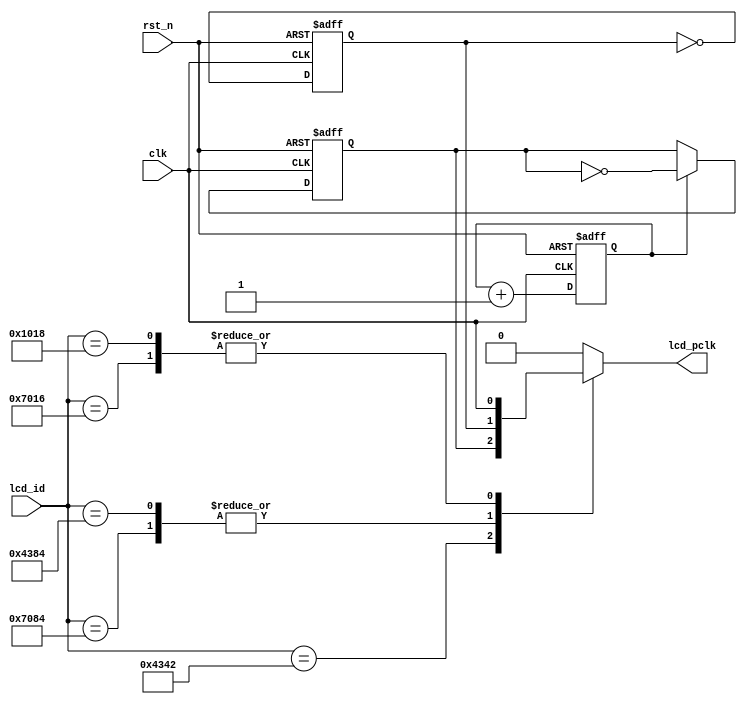
//****************************************Copyright (c)***********************************//
//www.yuanzige.com
//www.openedv.com
//http://openedv.taobao.com
//""ZYNQ & FPGA & STM32 & LINUX
//
//Copyright(C)  2018-2028
//All rights reserved
//----------------------------------------------------------------------------------------
// File name:           clk_div
// Last modified Date:  2020/05/04 9:19:08
// Last Version:        V1.0
// Descriptions:        
//                      
//----------------------------------------------------------------------------------------
// Created by:          
// Created date:        2019/05/04 9:19:08
// Version:             V1.0
// Descriptions:        The original version
//
//----------------------------------------------------------------------------------------
//****************************************************************************************//

module clk_div(
    input               clk,          //50Mhz
    input               rst_n,
    input       [15:0]  lcd_id,
    output  reg         lcd_pclk
    );

reg          clk_25m;
reg          clk_12_5m;
reg          div_4_cnt;

//2 25MHz 
always @(posedge clk or negedge rst_n) begin
    if(!rst_n)
        clk_25m <= 1'b0;
    else 
        clk_25m <= ~clk_25m;
end

//4 12.5MHz 
always @(posedge clk or negedge rst_n) begin
    if(!rst_n) begin
        div_4_cnt <= 1'b0;
        clk_12_5m <= 1'b0;
    end    
    else begin
        div_4_cnt <= div_4_cnt + 1'b1;
        if(div_4_cnt == 1'b1)
            clk_12_5m <= ~clk_12_5m;
    end        
end

always @(*) begin
    case(lcd_id)
        16'h4342 : lcd_pclk = clk_12_5m;
        16'h7084 : lcd_pclk = clk_25m;       
        16'h7016 : lcd_pclk = clk;
        16'h4384 : lcd_pclk = clk_25m;
        16'h1018 : lcd_pclk = clk;
        default :  lcd_pclk = 1'b0;
    endcase      
end

endmodule